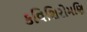
કવિશિરોમણિ